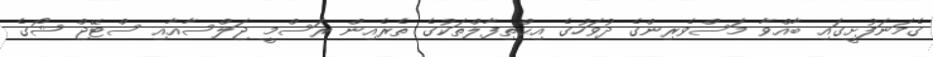
ގެމަނަފުށީގައި ބާއްވާ މަސްވެރިންގެ ދުވަހުގެ އިޙްތިފާލްތަކުގެ ތެރެއިން ރަސްމީ ޖަލްސާއާއި ސްޓޭޖް ޝޯގެ